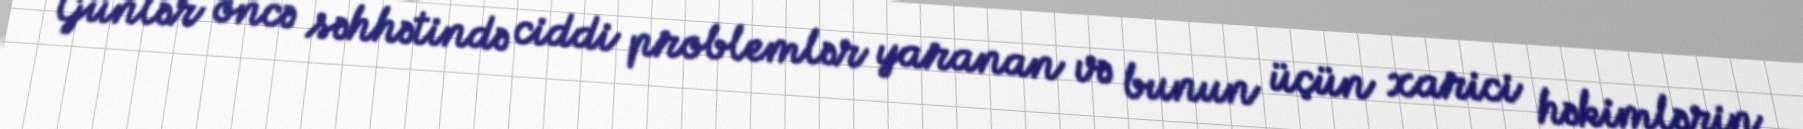
Günlər öncə səhhətində ciddi problemlər yaranan və bunun üçün xarici həkimlərin